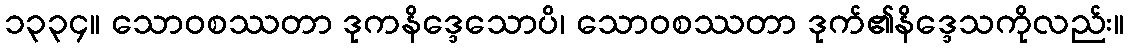
၁၃၃၄။ သောဝစဿတာ ဒုကနိဒ္ဒေသောပိ၊ သောဝစဿတာ ဒုက်၏နိဒ္ဒေသကိုလည်း။